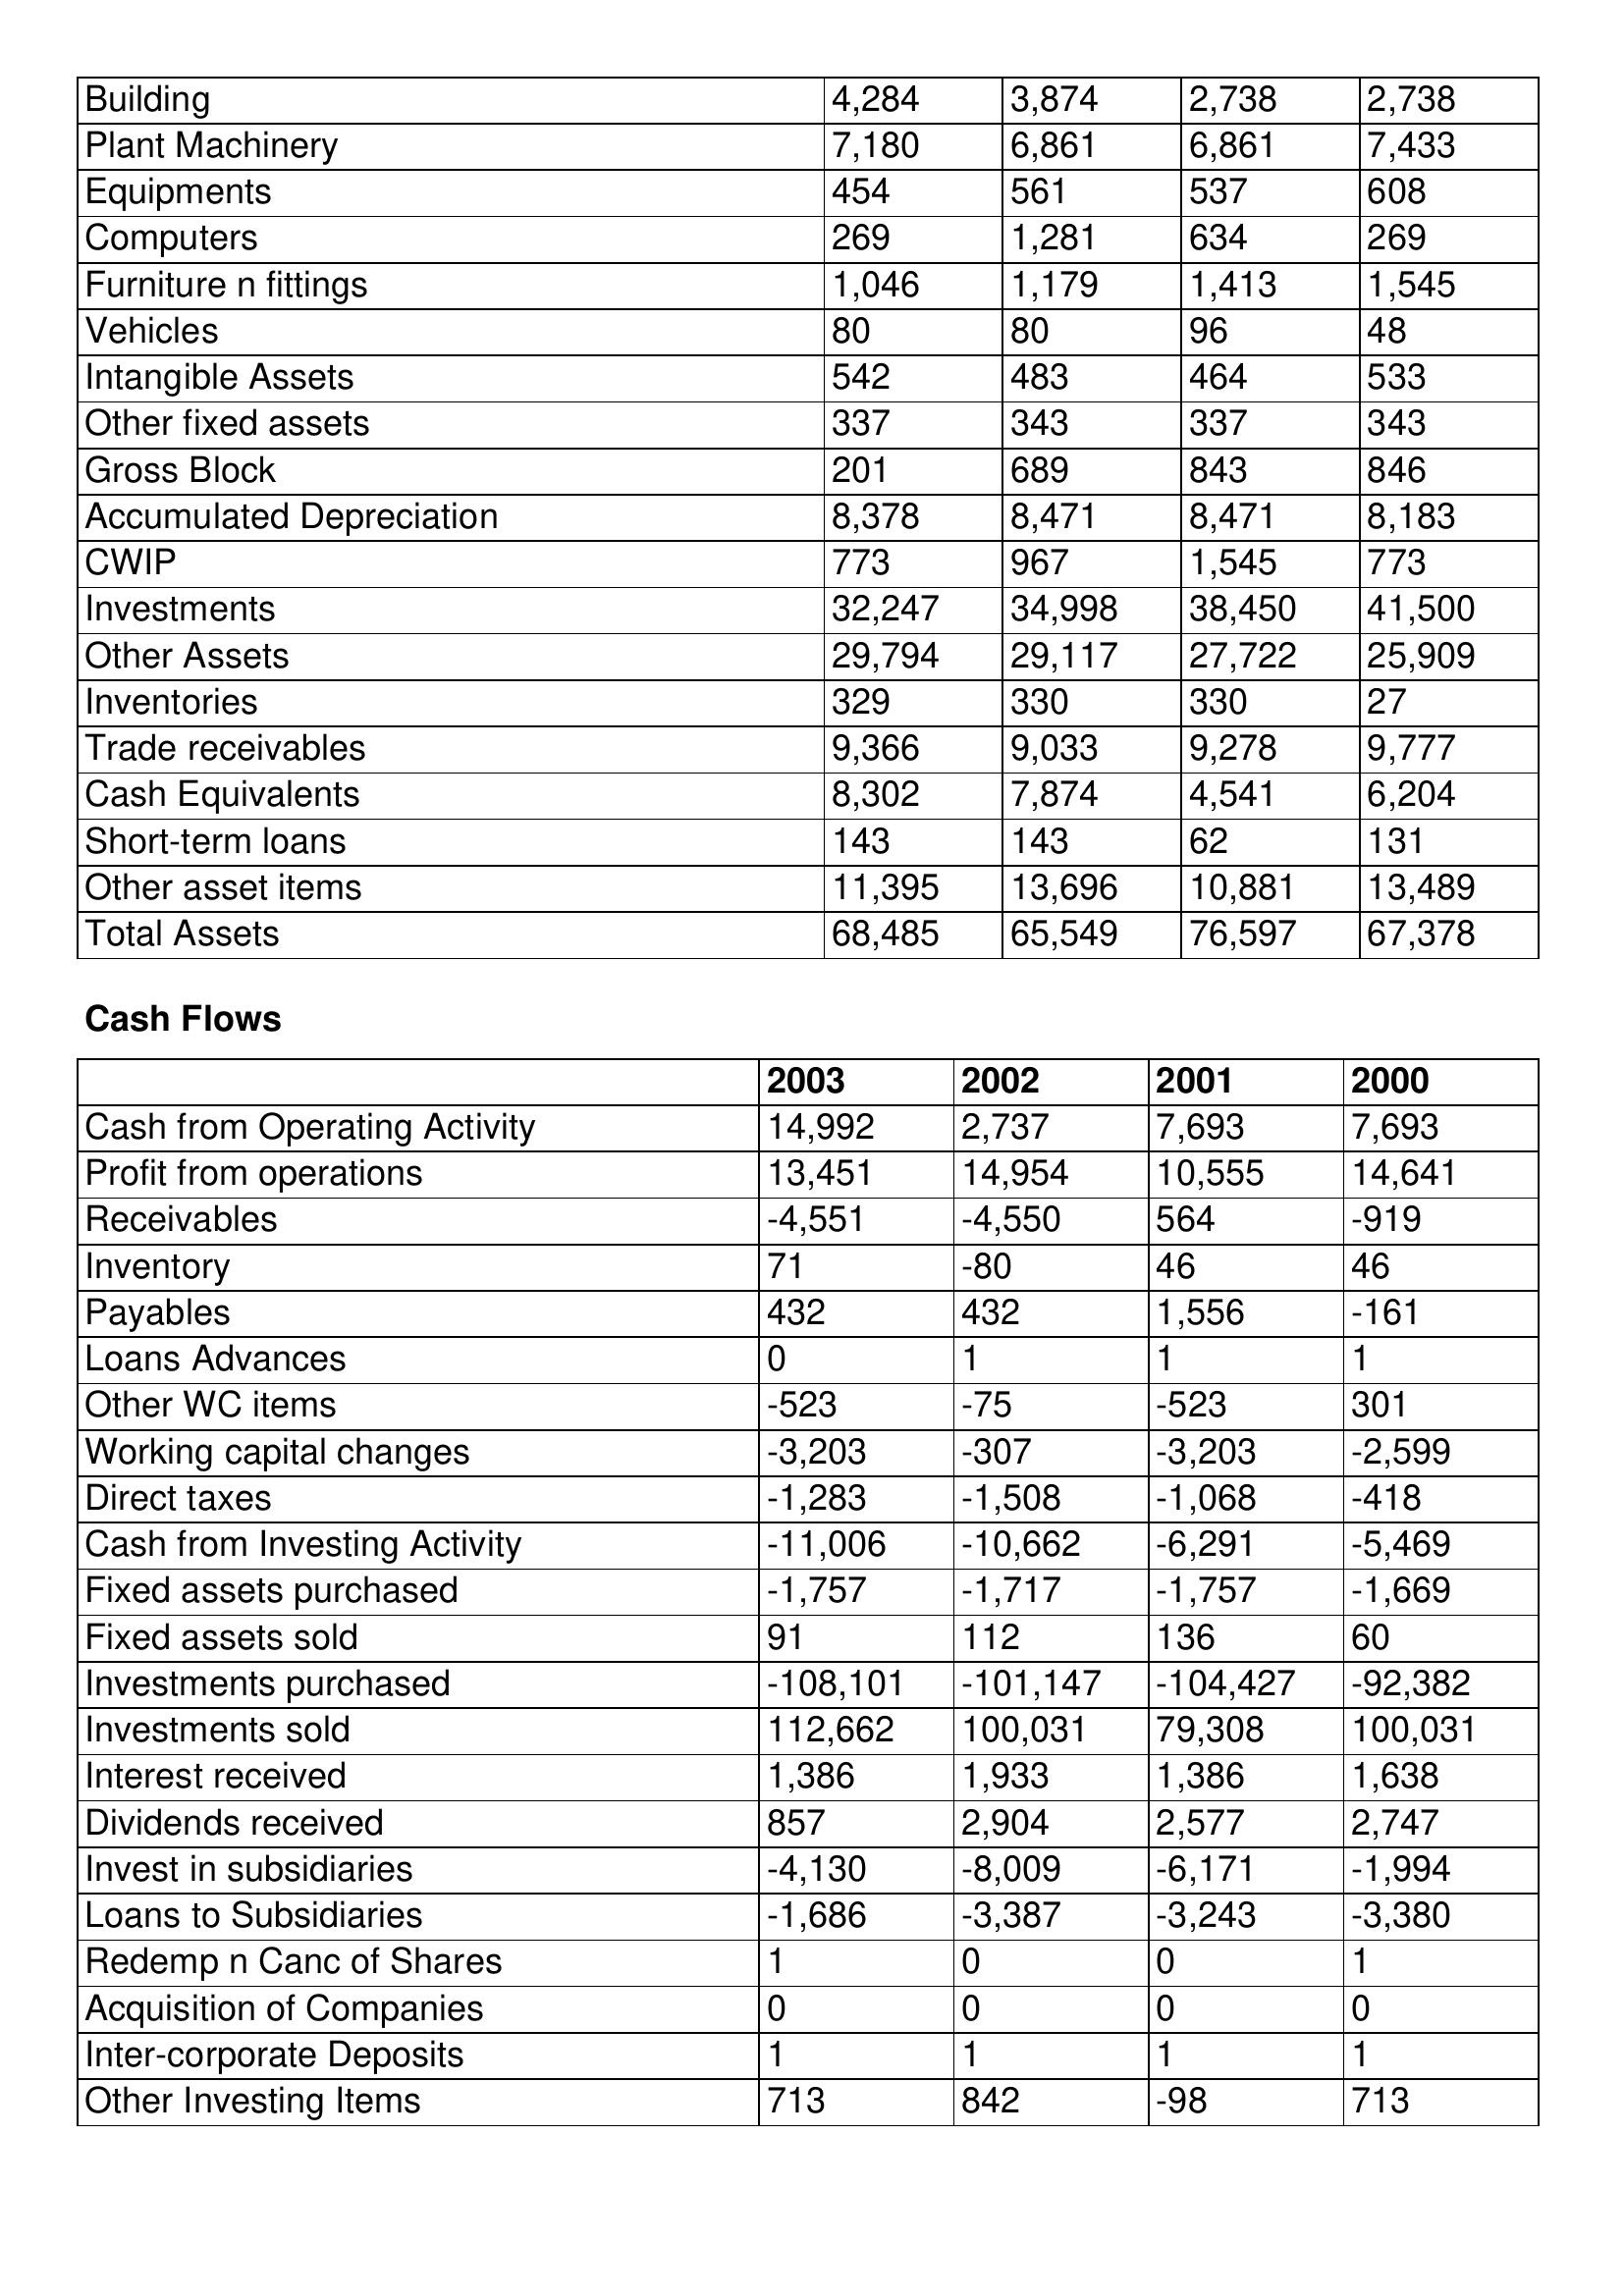
gt_parse: 2003: Balance Sheet: Building: 4,284
Plant Machinery: 7,180
Equipments: 454
Computers: 269
Furniture n fittings: 1,046
Vehicles: 80
Intangible Assets: 542
Other fixed assets: 337
Gross Block: 201
Accumulated Depreciation: 8,378
CWIP: 773
Investments: 32,247
Other Assets: 29,794
Inventories: 329
Trade receivables: 9,366
Cash Equivalents: 8,302
Short-term loans: 143
Other asset items: 11,395
Total Assets: 68,485
Cash Flows: Cash from Operating Activity: 14,992
Profit from operations: 13,451
Receivables: -4,551
Inventory: 71
Payables: 432
Loans Advances: 0
Other WC items: -523
Working capital changes: -3,203
Direct taxes: -1,283
Cash from Investing Activity: -11,006
Fixed assets purchased: -1,757
Fixed assets sold: 91
Investments purchased: -108,101
Investments sold: 112,662
Interest received: 1,386
Dividends received: 857
Invest in subsidiaries: -4,130
Loans to Subsidiaries: -1,686
Redemp n Canc of Shares: 1
Acquisition of Companies: 0
Inter-corporate Deposits: 1
Other Investing Items: 713
2002: Balance Sheet: Building: 3,874
Plant Machinery: 6,861
Equipments: 561
Computers: 1,281
Furniture n fittings: 1,179
Vehicles: 80
Intangible Assets: 483
Other fixed assets: 343
Gross Block: 689
Accumulated Depreciation: 8,471
CWIP: 967
Investments: 34,998
Other Assets: 29,117
Inventories: 330
Trade receivables: 9,033
Cash Equivalents: 7,874
Short-term loans: 143
Other asset items: 13,696
Total Assets: 65,549
Cash Flows: Cash from Operating Activity: 2,737
Profit from operations: 14,954
Receivables: -4,550
Inventory: -80
Payables: 432
Loans Advances: 1
Other WC items: -75
Working capital changes: -307
Direct taxes: -1,508
Cash from Investing Activity: -10,662
Fixed assets purchased: -1,717
Fixed assets sold: 112
Investments purchased: -101,147
Investments sold: 100,031
Interest received: 1,933
Dividends received: 2,904
Invest in subsidiaries: -8,009
Loans to Subsidiaries: -3,387
Redemp n Canc of Shares: 0
Acquisition of Companies: 0
Inter-corporate Deposits: 1
Other Investing Items: 842
2001: Balance Sheet: Building: 2,738
Plant Machinery: 6,861
Equipments: 537
Computers: 634
Furniture n fittings: 1,413
Vehicles: 96
Intangible Assets: 464
Other fixed assets: 337
Gross Block: 843
Accumulated Depreciation: 8,471
CWIP: 1,545
Investments: 38,450
Other Assets: 27,722
Inventories: 330
Trade receivables: 9,278
Cash Equivalents: 4,541
Short-term loans: 62
Other asset items: 10,881
Total Assets: 76,597
Cash Flows: Cash from Operating Activity: 7,693
Profit from operations: 10,555
Receivables: 564
Inventory: 46
Payables: 1,556
Loans Advances: 1
Other WC items: -523
Working capital changes: -3,203
Direct taxes: -1,068
Cash from Investing Activity: -6,291
Fixed assets purchased: -1,757
Fixed assets sold: 136
Investments purchased: -104,427
Investments sold: 79,308
Interest received: 1,386
Dividends received: 2,577
Invest in subsidiaries: -6,171
Loans to Subsidiaries: -3,243
Redemp n Canc of Shares: 0
Acquisition of Companies: 0
Inter-corporate Deposits: 1
Other Investing Items: -98
2000: Balance Sheet: Building: 2,738
Plant Machinery: 7,433
Equipments: 608
Computers: 269
Furniture n fittings: 1,545
Vehicles: 48
Intangible Assets: 533
Other fixed assets: 343
Gross Block: 846
Accumulated Depreciation: 8,183
CWIP: 773
Investments: 41,500
Other Assets: 25,909
Inventories: 27
Trade receivables: 9,777
Cash Equivalents: 6,204
Short-term loans: 131
Other asset items: 13,489
Total Assets: 67,378
Cash Flows: Cash from Operating Activity: 7,693
Profit from operations: 14,641
Receivables: -919
Inventory: 46
Payables: -161
Loans Advances: 1
Other WC items: 301
Working capital changes: -2,599
Direct taxes: -418
Cash from Investing Activity: -5,469
Fixed assets purchased: -1,669
Fixed assets sold: 60
Investments purchased: -92,382
Investments sold: 100,031
Interest received: 1,638
Dividends received: 2,747
Invest in subsidiaries: -1,994
Loans to Subsidiaries: -3,380
Redemp n Canc of Shares: 1
Acquisition of Companies: 0
Inter-corporate Deposits: 1
Other Investing Items: 713